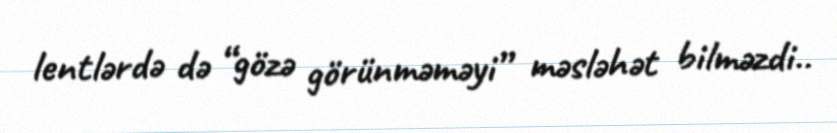
lentlərdə də “gözə görünməməyi” məsləhət bilməzdi..